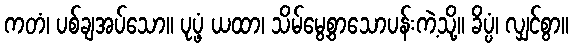
ကတံ၊ ပစ်ချအပ်သော။ ပုပ္ဖံ ယထာ၊ သိမ်မွေ့စွာသောပန်းကဲ့သို့။ ခိပ္ပံ၊ လျှင်စွာ။